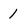
Character: 1